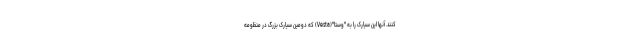
کنند. آنها این سیارک را به "وستا"(Vesta) که دومین سیارک بزرگ در منظومه